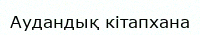
Аудандық кітапхана